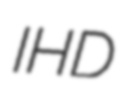
IHD